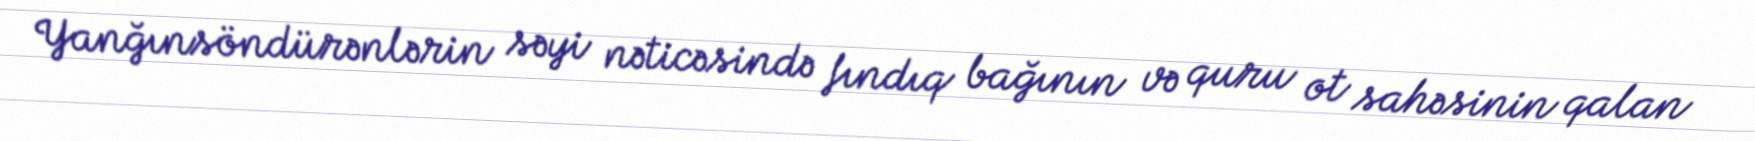
Yanğınsöndürənlərin səyi nəticəsində fındıq bağının və quru ot sahəsinin qalan